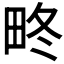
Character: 𤱞